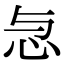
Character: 𢗓